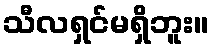
သီလရှင်မရှိဘူး။